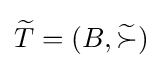
{\widetilde {T}}=(B,{\widetilde {\succ }})